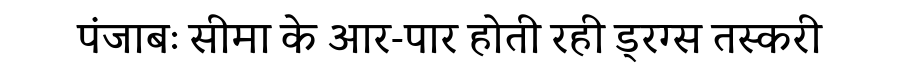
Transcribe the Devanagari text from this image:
पंजाबः सीमा के आर-पार होती रही ड्रग्स तस्करी